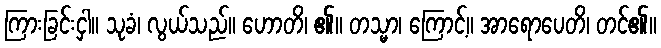
ကြားခြင်းငှါ။ သုခံ၊ လွယ်သည်။ ဟောတိ၊ ၏။ တသ္မာ၊ ကြောင့်။ အာရောပေတိ၊ တင်၏။